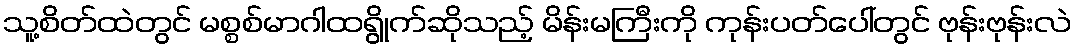
သူ့စိတ်ထဲတွင် မစ္စစ်မာဂါထရွိုက်ဆိုသည့် မိန်းမကြီးကို ကုန်းပတ်ပေါ်တွင် ဗုန်းဗုန်းလဲ